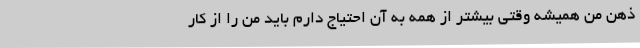
ذهن من همیشه وقتی بیشتر از همه به آن احتیاج دارم باید من را از کار